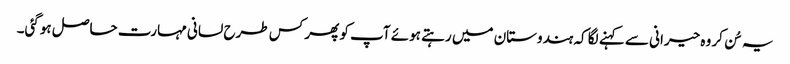
یہ سُن کر وہ حیرانی سے کہنے لگا کہ ہندوستان میں رہتے ہوئے آپ کو پھر کس طرح لسانی مہارت حاصل ہوگئی۔